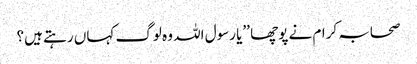
صحابہ کرام نے پوچھا ’’یا رسول اللہ وہ لوگ کہاں رہتے ہیں؟